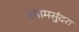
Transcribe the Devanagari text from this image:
श्यामसुंदरा